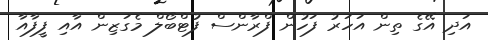
އަދި އޭގެ ތިން އަހަރު ފަހުން ފްރާންސް ފުޓްބޯލް މެގަޒިން އާއި ފީފާއާ